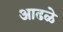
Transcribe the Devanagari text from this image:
आढळे